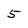
Character: 5